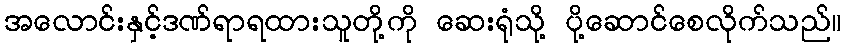
အလောင်းနှင့်ဒဏ်ရာရထားသူတို့ကို ဆေးရုံသို့ ပို့ဆောင်စေလိုက်သည်။